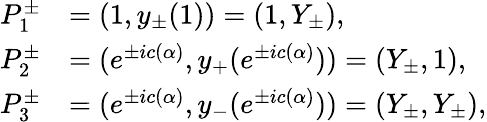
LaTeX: \begin{array}{rl}{P_{1}^{\pm}}&{=(1,y_{\pm}(1))=\left(1,Y_{\pm}\right),}\\ {P_{2}^{\pm}}&{=(e^{\pm ic(\alpha)},y_{+}(e^{\pm ic(\alpha)}))=\left(Y_{\pm},1\right),}\\ {P_{3}^{\pm}}&{=(e^{\pm ic(\alpha)},y_{-}(e^{\pm ic(\alpha)}))=\left(Y_{\pm},Y_{\pm}\right),}\end{array}